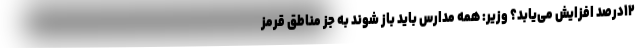
۱۲درصد افزایش می‌یابد؟ وزیر: همه مدارس باید باز شوند به جز مناطق قرمز